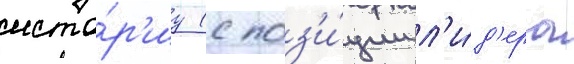
исто́р'иу (с поз'и́ции л'и́д'ера